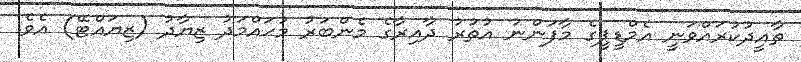
ތާއީދުކުރައްވަނީ އެމްޑީޕީގެ މާފަންނު އުތުރު ދާއިރާގެ މެންބަރު މުޙައްމަދު ޒިޔާދު (ޒިޔައްޓޭ) އެވެ.